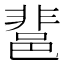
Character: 𨛬